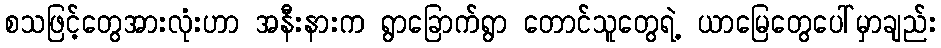
စသဖြင့်တွေအားလုံးဟာ အနီးနားက ရွာခြောက်ရွာ တောင်သူတွေရဲ့ ယာမြေတွေပေါ်မှာချည်း